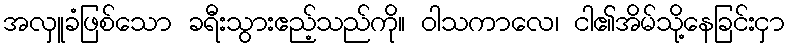
အလှူခံဖြစ်သော ခရီးသွားဧည့်သည်ကို။ ဝါသကာလေ၊ ငါ၏အိမ်သို့နေခြင်းငှာ